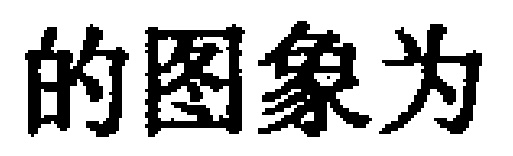
的图象为